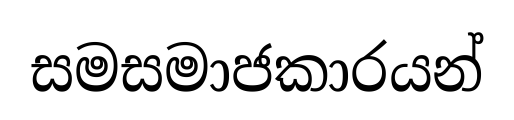
සමසමාජකාරයන්